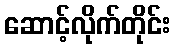
ဆောင့်လိုက်တိုင်း